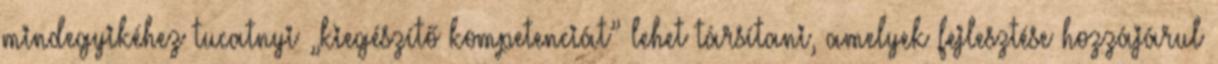
mindegyikéhez tucatnyi „kiegészítő kompetenciát” lehet társítani, amelyek fejlesztése hozzájárul